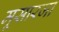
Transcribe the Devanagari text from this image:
मूसारजा